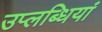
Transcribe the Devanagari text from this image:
उप्लब्धियां